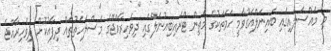
މި މައްސަލައިގައި ބައިނަލްއަގުވާމީ ހަމަތަކުގެ މަތިން ޓްރައިބިއުނަލްގައި ދިވެހިރާއްޖޭގެ މަސްލަހަތުތައް ދިފާއުކޮށް ދިވެހިރާއްޖެ